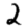
Digit: 2